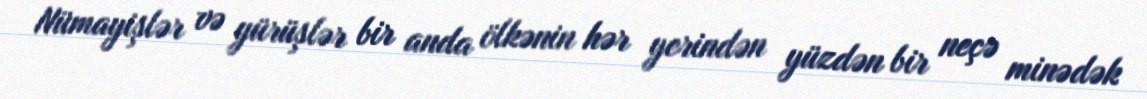
Nümayişlər və yürüşlər bir anda ölkənin hər yerindən yüzdən bir neçə minədək